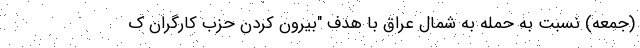
(جمعه) نسبت به حمله به شمال عراق با هدف "بیرون کردن حزب کارگران ک